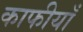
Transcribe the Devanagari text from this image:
काफीयाँ